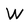
Character: W